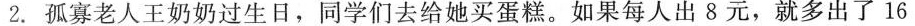
2.孤寡老人王奶奶过生日，同学们去给她买蛋糕。如果每人出8元，就多出了16